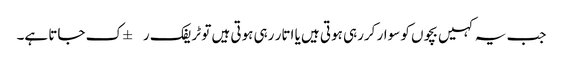
جب یہ کہیں بچوں کو سوار کررہی ہوتی ہیں یا اتار رہی ہوتی ہیں تو ٹریفک ر±ک جاتا ہے۔